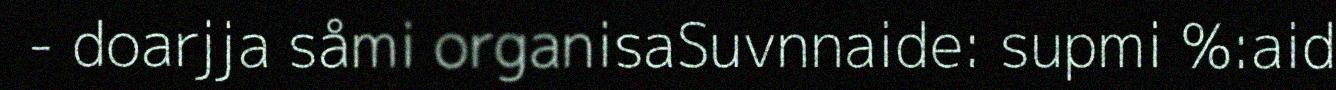
- doarjja såmi organisaSuvnnaide: supmi %:aid